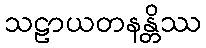
သဠာယတနန္တိဿ